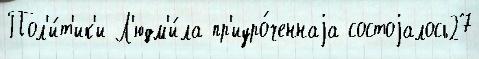
Пол'и́т'ик'и Л'юдм'и́ла пр'иуро́ченнаjа состоjалось27